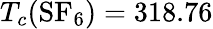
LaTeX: T_{c}(\mathrm{SF_{6}})=318.76